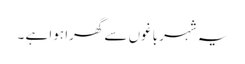
یہ شہر باغوں سے گھرا ہوا ہے ۔